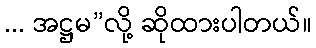
... အဋ္ဌမ”လို့ ဆိုထားပါတယ်။